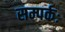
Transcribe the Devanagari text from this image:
सम्पर्कः